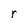
Character: r